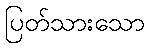
ပြတ်သားသော